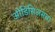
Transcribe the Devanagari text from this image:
ओडिसिअसचा